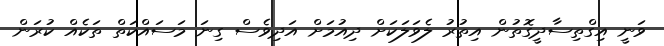
ވަނީ އިގްތިސާދީގޮތުން އިތުރު ލެވަލަކަށް ދިއުމަށް އަދިވެސް ގިނަ މަަސައްކަތް ތަކެއް ކުރަން